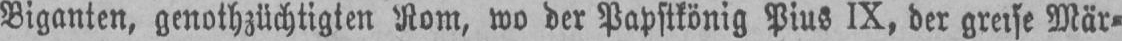
Biganten, genothzüchtigten Rom, wo der Papstkönig Pius IX, der greise Mär⸗